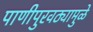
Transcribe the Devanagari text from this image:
पाणीपुरवठ्यामुळे